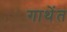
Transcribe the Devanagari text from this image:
गाथेंत